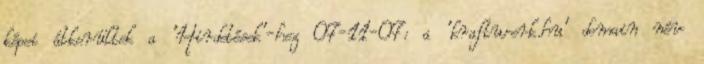
képei átkerültek a 'Hirdetések'-hez 07-11-07: a 'kraftwerk.hu' domain név